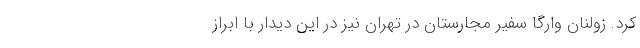
کرد. زولنان وارگا سفیر مجارستان در تهران نیز در این دیدار با ابراز